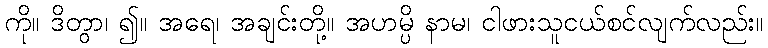
ကို။ ဒိတွာ၊ ၍။ အရေ၊ အချင်းတို့။ အဟမ္ပိ နာမ၊ ငါဖားသူငယ်စင်လျက်လည်း။